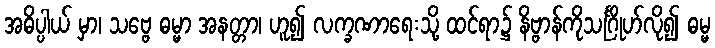
အဓိပ္ပါယ် မှာ၊ သဗ္ဗေ ဓမ္မာ အနတ္တာ၊ ဟူ၍ လက္ခဏာရေးသို့ ထင်ရာ၌ နိဗ္ဗာန်ကိုသင်္ဂြိုဟ်လို၍ ဓမ္မ